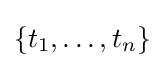
\{t_{1},\dots ,t_{n}\}